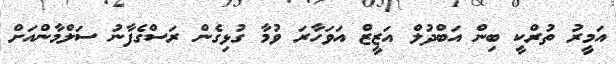
އަމީރު ތުރްކީ ބިން އަބްދުލް އަޒީޒް އަވަހާރަ ވުމާ ގުޅިގެން ރަސްގެފާނު ސަލްމާންއަށް